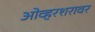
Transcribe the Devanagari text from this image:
ओव्हरशरावर